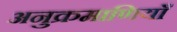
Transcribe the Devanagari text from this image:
अनुक्रमाणियाँ